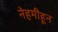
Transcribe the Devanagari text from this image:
नेहमीहून